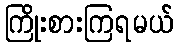
ကြိုးစားကြရမယ်